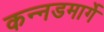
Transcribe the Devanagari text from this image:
कन्नडमार्गे